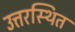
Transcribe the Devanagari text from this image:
उत्तरस्थित